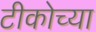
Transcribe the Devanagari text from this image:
टीकोच्या